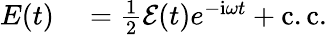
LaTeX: \begin{array}{rl}{E(t)}&{{}=\frac{1}{2}\mathcal{E}(t)e^{-\mathrm{{i}}\omega t}+\mathrm{c.c.}}\end{array}